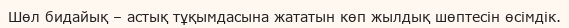
Шөл бидайық – астық тұқымдасына жататын көп жылдық шөптесін өсімдік.